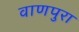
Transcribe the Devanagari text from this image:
वाणपुरा